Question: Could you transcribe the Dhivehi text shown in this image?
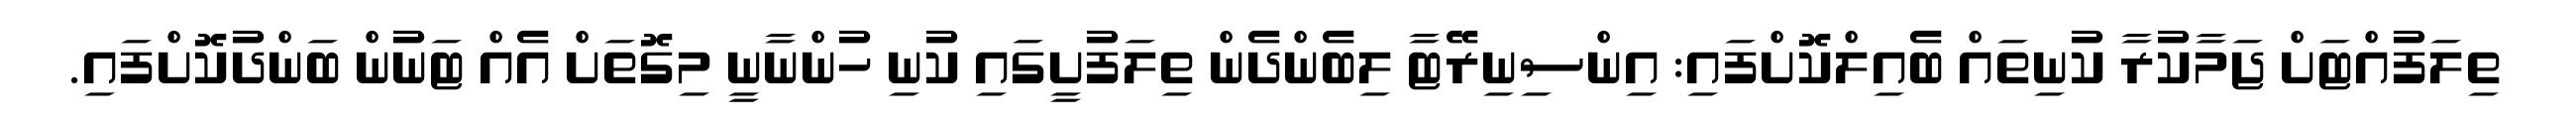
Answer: ތިލަފުއްޓަށް ޖަމާކުރާ ކުނިތައް ބެއިލްކޮށްފައި: އިންސިނިރޭޓާ ލިބެންދެން ތިލަފުށީގައި ކުނި ހުންނާނީ މިގޮތަށް އެއް ޓަނުން ބަންދުކޮށްފައި.